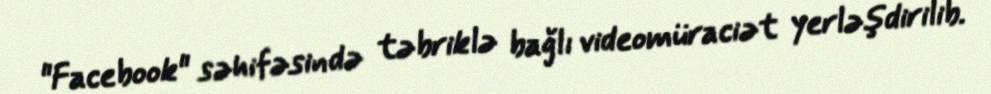
"Facebook" səhifəsində təbriklə bağlı videomüraciət yerləşdirilib.